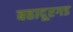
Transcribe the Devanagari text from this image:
बहादूरगड